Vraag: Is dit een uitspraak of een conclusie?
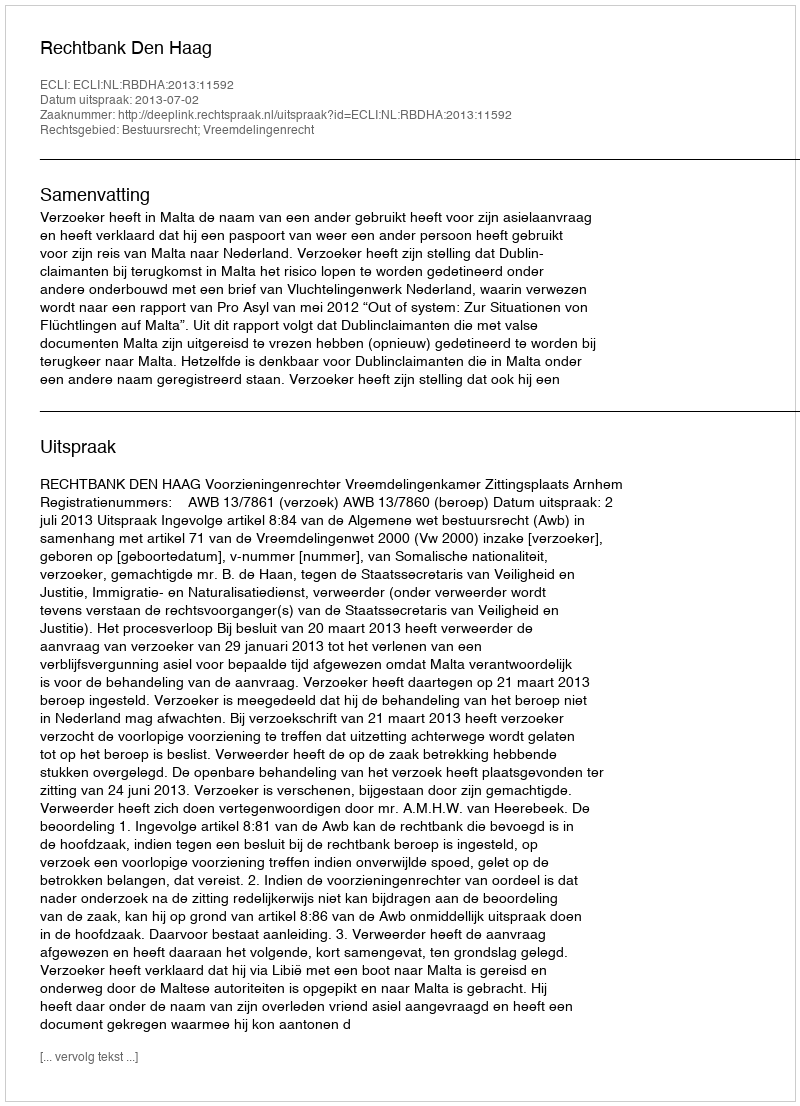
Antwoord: Uitspraak